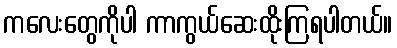
ကလေးတွေကိုပါ ကာကွယ်ဆေးထိုးကြရပါတယ်။